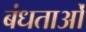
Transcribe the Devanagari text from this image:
बंधताओं